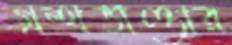
গ্রন্থভাণ্ডার